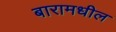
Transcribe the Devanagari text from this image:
बारामधील